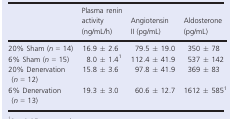
|  | Plasma renin activity (ng/mL/h) | Angiotensin II (pg/mL) | Aldosterone (pg/mL) |
 | --- | --- | --- | --- |
 | 20% Sham (n = 14) | 16.9 ± 2.6 | 79.5 ± 19.0 | 350 ± 78 |
 | 6% Sham (n = 15) | 8.0 ± 1.4a | 112.4 ± 41.9 | 537 ± 142 |
 | 20% Denervation (n = 12) | 15.8 ± 3.6 | 97.8 ± 41.9 | 369 ± 83 |
 | 6% Denervation (n = 13) | 19.3 ± 3.0 | 60.6 ± 12.7 | 1612 ± 585a |